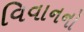
વિવાનનો